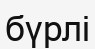
бүрлі